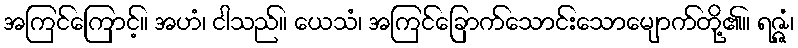
အကြင်ကြောင့်။ အဟံ၊ ငါသည်။ ယေသံ၊ အကြင်ခြောက်သောင်းသောမျောက်တို့၏။ ရဇ္ဇံ၊